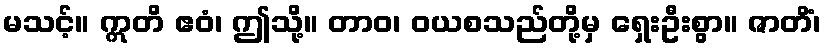
မသင့်။ ဣတိ ဧဝံ၊ ဤသို့။ တာဝ၊ ဝယစသည်တို့မှ ရှေးဦးစွာ။ ဇာတိံ၊